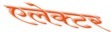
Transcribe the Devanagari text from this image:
एलेक्टर